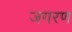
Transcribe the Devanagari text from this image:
जगरण